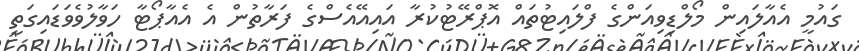
ގައުމީ އެއާލައިން މޯލްޑިވިއަންގެ ފްލައިޓުތައް އޮޕްރޭޓުކުރާ އައިއޭއެސްގެ ފަރާތުން އެ އެއާޕޯޓާ ހަވާލުވެވަޑައިގަތީ